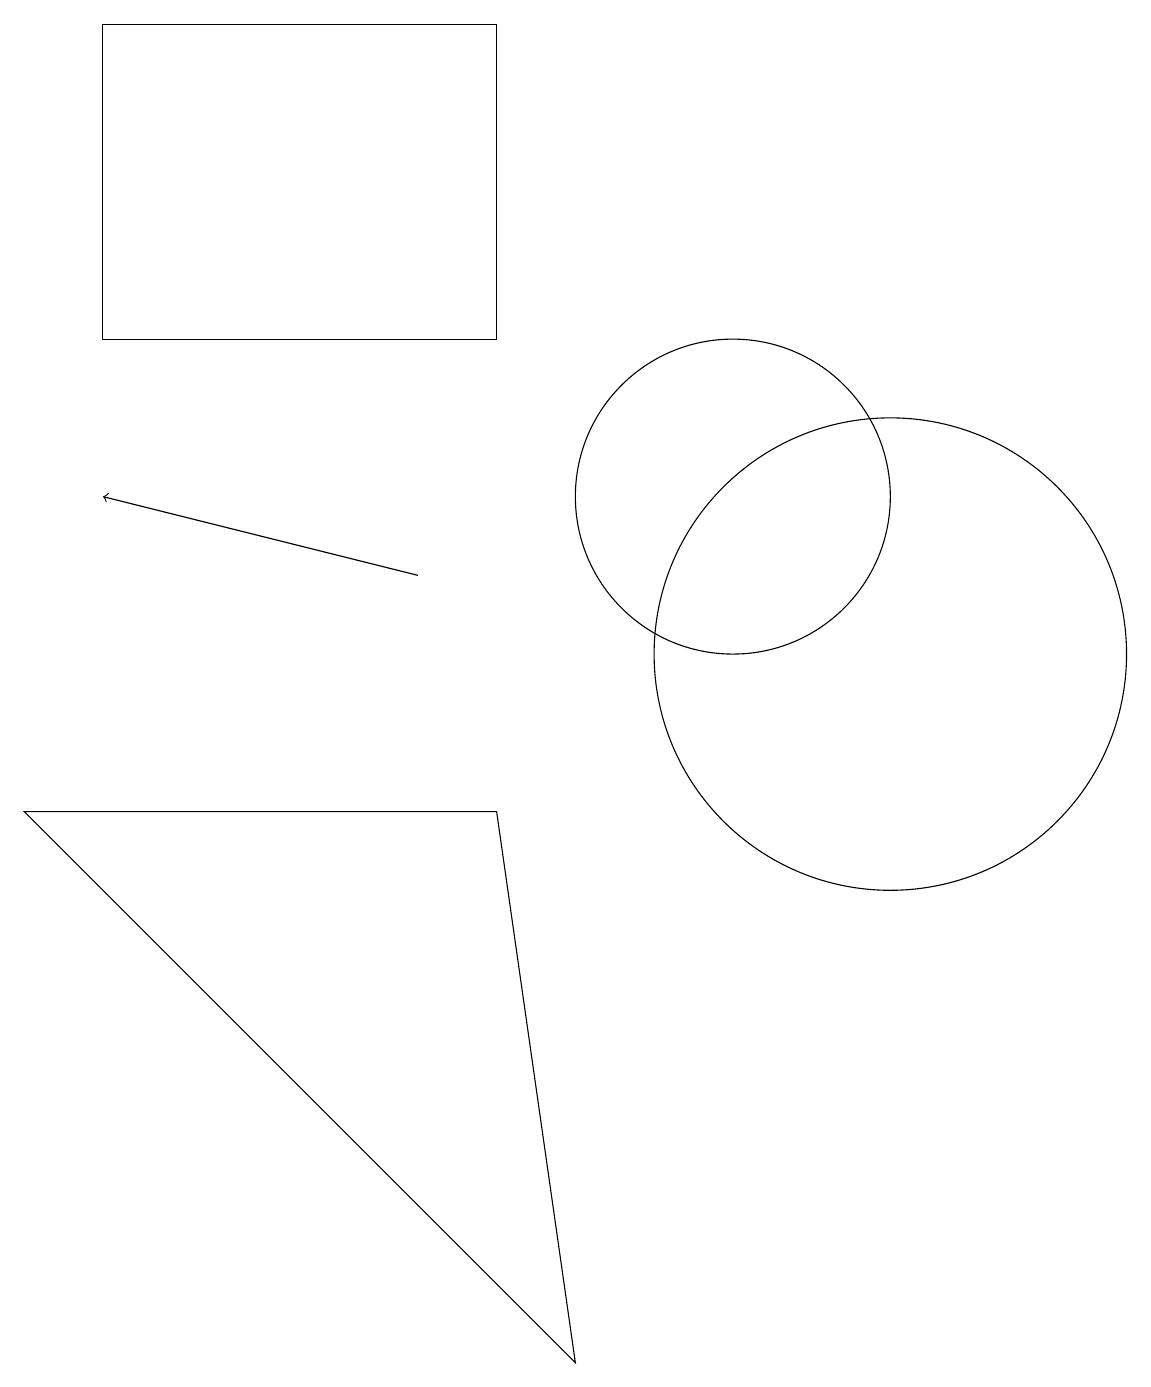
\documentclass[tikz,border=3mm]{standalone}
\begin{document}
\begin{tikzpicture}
\draw (7,14) rectangle (2,18);
\draw[->] (6,11) -- (2,12);
\draw (10,12) circle (2);
\draw (7,8) -- (8,1) -- (1,8) -- cycle;
\draw (12,10) circle (3);
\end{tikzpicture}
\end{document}